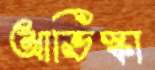
আভিস্কা